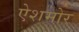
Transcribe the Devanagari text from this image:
ऐशमोर